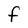
Character: F